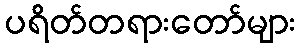
ပရိတ်တရားတော်များ